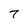
Character: 7